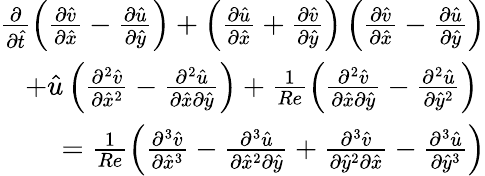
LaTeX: \begin{array}{r}{\frac{\partial}{\partial\hat{t}}\left({\frac{\partial\hat{v}}{\partial\hat{x}}-\frac{\partial\hat{u}}{\partial\hat{y}}}\right)+\left({\frac{\partial\hat{u}}{\partial\hat{x}}+\frac{\partial\hat{v}}{\partial\hat{y}}}\right)\left({\frac{\partial\hat{v}}{\partial\hat{x}}-\frac{\partial\hat{u}}{\partial\hat{y}}}\right)}\\ {+\hat{u}\left({\frac{\partial^{2}\hat{v}}{\partial{\hat{x}}^{2}}-\frac{\partial^{2}\hat{u}}{\partial\hat{x}\partial\hat{y}}}\right)+\frac{1}{Re}\left({\frac{\partial^{2}\hat{v}}{\partial\hat{x}\partial\hat{y}}-\frac{\partial^{2}\hat{u}}{\partial{\hat{y}}^{2}}}\right)~}\\ {=\frac{1}{Re}\left({\frac{\partial^{3}\hat{v}}{\partial{\hat{x}}^{3}}-\frac{\partial^{3}\hat{u}}{\partial{\hat{x}}^{2}\partial\hat{y}}+\frac{\partial^{3}\hat{v}}{\partial{\hat{y}}^{2}\partial\hat{x}}-\frac{\partial^{3}\hat{u}}{\partial{\hat{y}}^{3}}}\right)}\end{array}